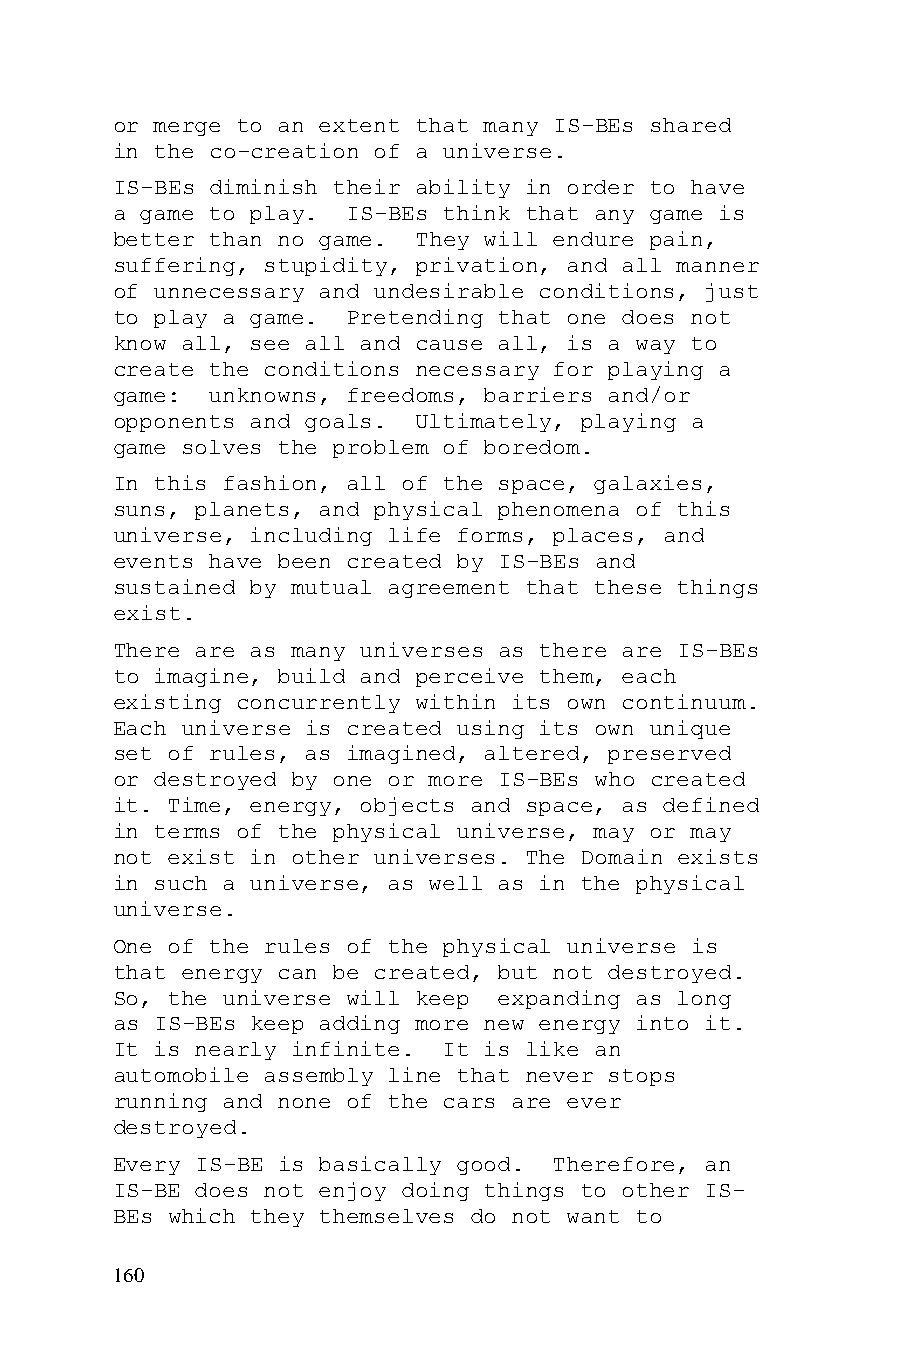
or merge to an extent that many IS-BEs shared
 in the co-creation of a universe.
 IS-BEs diminish their ability in order to have
 a game to play. IS-BEs think that any game is
 better than no game. They will endure pain,
 suffering, stupidity, privation, and all manner
 of unnecessary and undesirable conditions, just
 to play a game. Pretending that one does not
 know all, see all and cause all, is a way to
 create the conditions necessary for playing a
 game:  unknowns, freedoms, barriers and/or
 opponents and goals. Ultimately, playing a
 game solves the problem of boredom.
 In this fashion, all of the space, galaxies,
 suns, planets, and physical phenomena of this
 universe, including life forms, places, and
 events have been created by IS-BEs and
 sustained by mutual agreement that these things
 exist.
 There are as many universes as there are IS-BEs
 to imagine, build and perceive them, each
 existing concurrently within its own continuum.
 Each universe is created using its own unique
 set of rules, as imagined, altered, preserved
 or destroyed by one or more IS-BEs who created
 it. Time, energy, objects and space, as defined
 in terms of the physical universe, may or may
 not exist in other universes. The Domain exists
 in such a universe, as well as in the physical
 universe.
 One of the rules of the physical universe is
 that energy can be created, but not destroyed.
 So, the universe will keep expanding as long
 as IS-BEs keep adding more new energy into it.
 It is nearly infinite. It is like an
 automobile assembly line that never stops
 running and none of the cars are ever
 destroyed.
 Every IS-BE is basically good. Therefore, an
 IS-BE does not enjoy doing things to other IS-
 BEs which they themselves do not want to
 160